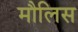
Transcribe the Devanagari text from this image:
मौलिस